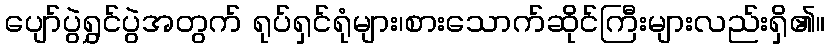
ပျော်ပွဲရွှင်ပွဲအတွက် ရုပ်ရှင်ရုံများ၊စားသောက်ဆိုင်ကြီးများလည်းရှိ၏။